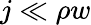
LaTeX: j\ll\rho w